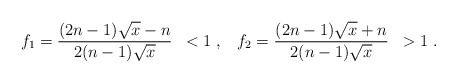
\begin{align*}f_1 = \frac{(2 n - 1) \sqrt{x} - n}{2 (n - 1) \sqrt{x}} \; \; < 1 \; , \; \; \; f_2 = \frac{(2 n - 1) \sqrt{x} + n}{2 (n - 1) \sqrt{x}} \; \; > 1 \; .\end{align*}